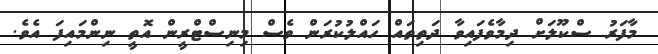
މާފަރު ސްކޫލަށް ދިމާވެފައިވާ ދަތިތައް ހައްލުކުރަން ވެސް މިނިސްޓްރީން އޮތީ ނިންމައިފަ އެވެ.